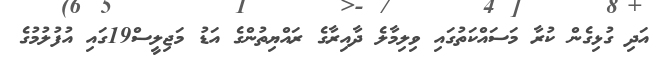
އަދި ގުޅިގެން ކުރާ މަސައްކަތުގައި ވިލިމާލެ ދާއިރާގެ ރައްޔިތުންގެ އަޑު މަޖިލީސް19ގައި އުފުލުމުގެ